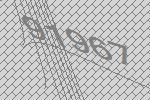
91967